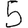
Digit: 5